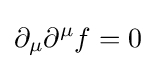
\partial _{\mu }\partial ^{\mu }f=0